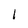
Character: 1